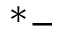
^ * -